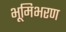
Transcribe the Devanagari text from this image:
भूमिभरण